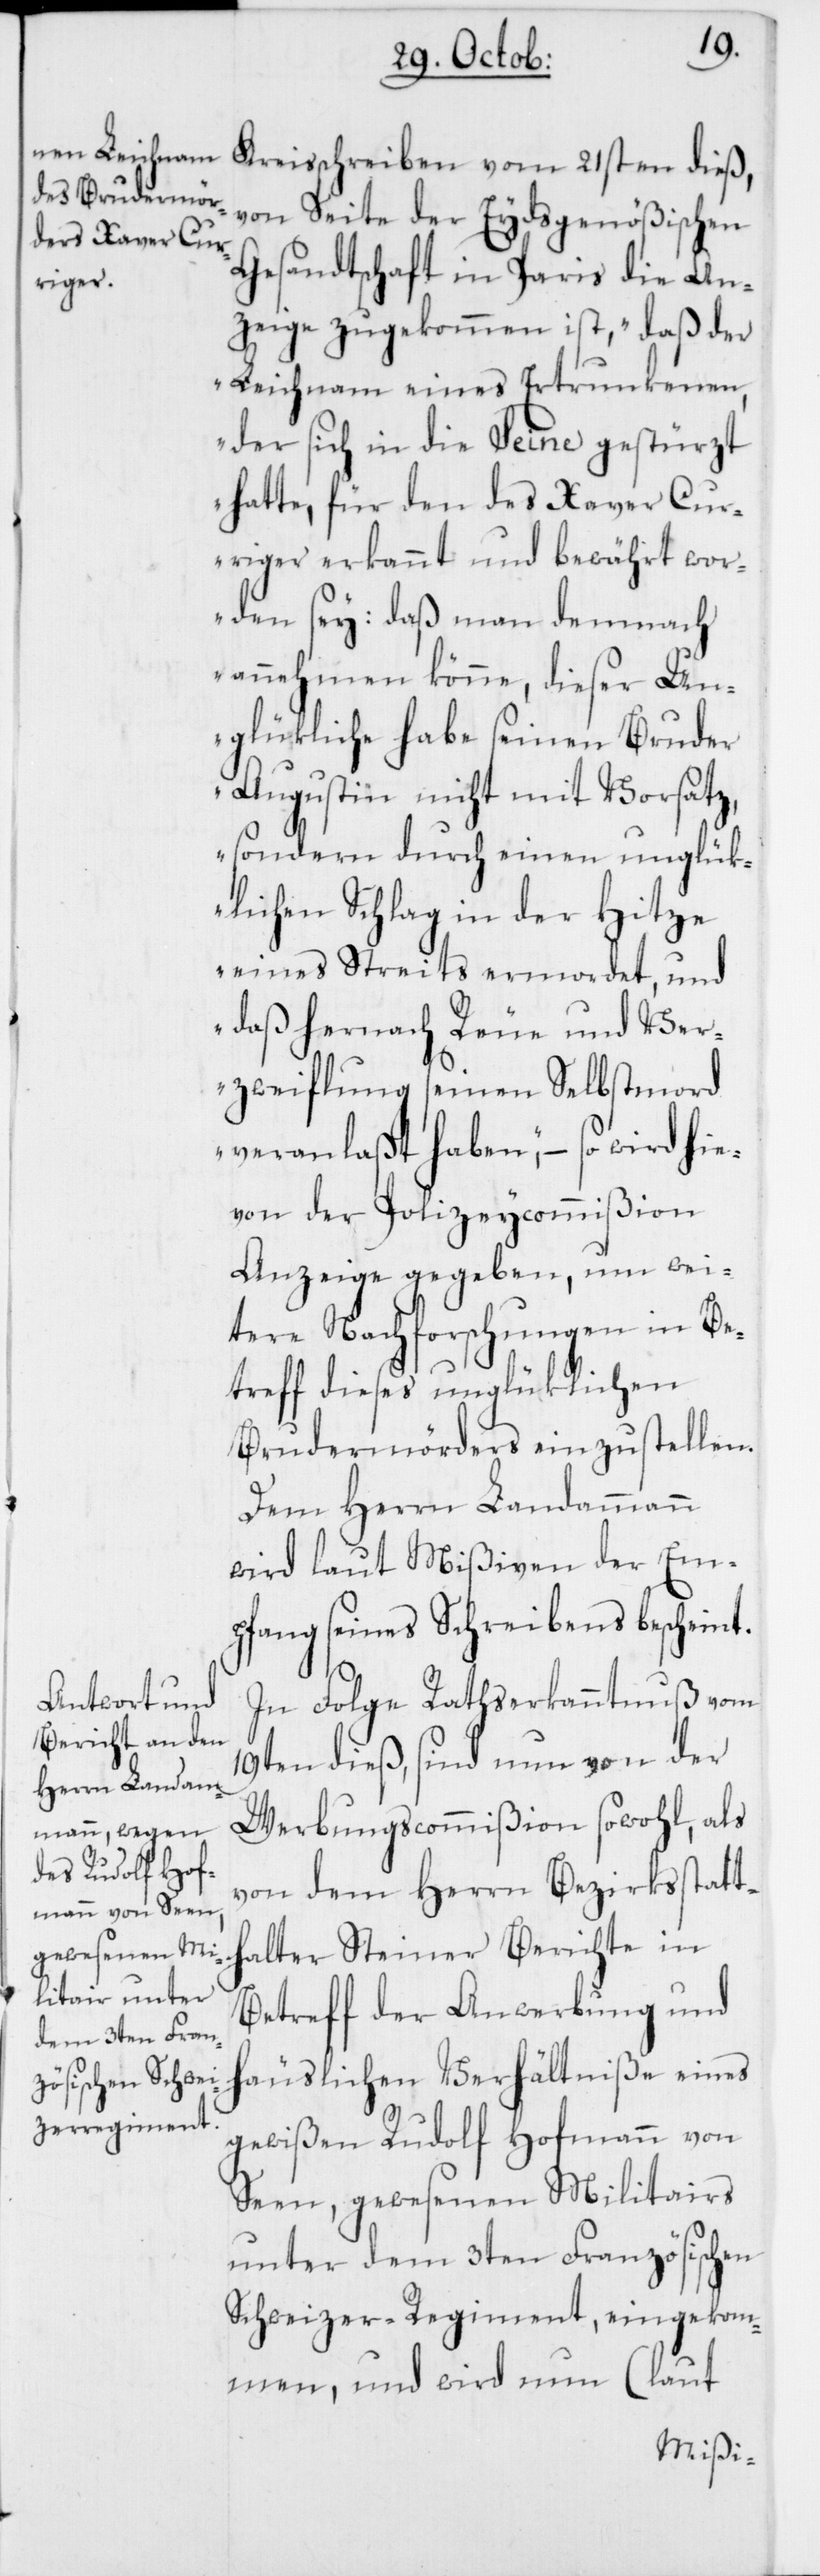
von Seite der Eydsgenößischen
Gesandtschaft in Paris die An¬
zeige zugekommen ist, „daß der
Leichnam eines Ertrunkenen,
der sich in die Seine gestürzt
hatte, für den des Xaver Cur¬
riger erkannt und bewährt wor¬
den sey; daß man demnach
annehmen könne, dieser Un¬
glükliche habe seinen Bruder
Augustin nicht mit Vorsatz,
sondern durch einen unglük¬
lichen Schlag in der Hitze
eines Streits ermordet, und
daß hernach Reue und Ver¬
zweiflung seinen Selbstmord
veranlaßt haben“, – so wird hie¬
von der Polizeycommißion
Anzeige gegeben, um wei¬
tere Nachforschungen in Be¬
treff dieses unglüklichen
Brudermörders einzustellen.
Dem Herrn Landammann
wird laut Mißiven der Em¬
pfang seines Schreibens bescheint.
In Folge Rathserkanntnuß vom
19ten dieß, sind nun von der
Werbungscommißion sowohl, als
von dem Herrn Bezirksstatt¬
halter Steiner Berichte in
Betreff der Anwerbung und
häuslichen Verhältniße eines
gewißen Rudolf Hofmann von
Seen, gewesenen Militairs
unter dem 3ten Französischen
Schweizer-Regiment, eingekom¬
men, und wird nun (laut